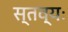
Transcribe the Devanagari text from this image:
स्तव्यः